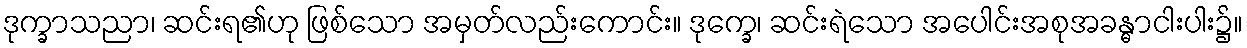
ဒုက္ခာသညာ၊ ဆင်းရ၏ဟု ဖြစ်သော အမှတ်လည်းကောင်း။ ဒုက္ခေ၊ ဆင်းရဲသော အပေါင်းအစုအခန္ဓာငါးပါး၌။